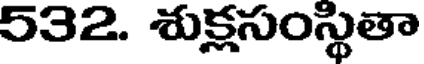
532. శుక్లసంస్థితా